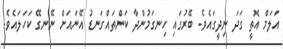
އަލަމް އޮތީ ގަދަ ނިދީގައެވެ. ބޭރުގައި ހިނގަމުންދާ ކަންތައްގަނޑު އޭނައަށް ނޭނގޭ ކަހަލައެވެ.